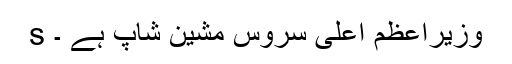
s وزیراعظم اعلی سروس مشین شاپ ہے ۔